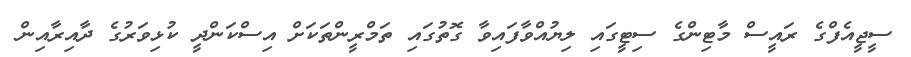
ސީޖީއެފްގެ ރައީސް މާޓިންގެ ސިޓީގައި ލިޔުއްވާފައިވާ ގޮތުގައި ތަމްރީންތަކަށް އިސްކަންދީ ކުޅިވަރުގެ ދާއިރާއިން